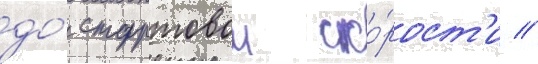
до́ стартовои ско́рост'и /